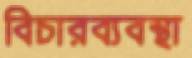
বিচারব্যবস্থা